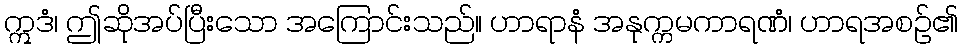
ဣဒံ၊ ဤဆိုအပ်ပြီးသော အကြောင်းသည်။ ဟာရာနံ အနုက္ကမကာရဏံ၊ ဟာရအစဉ်၏